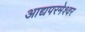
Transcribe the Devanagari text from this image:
आद्यपरमेश्वर